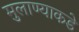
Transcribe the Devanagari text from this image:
मुलाण्याकडे